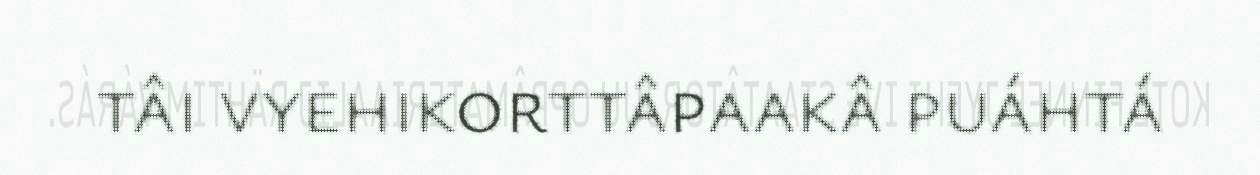
tâi vyehikorttâpaakâ puáhtá